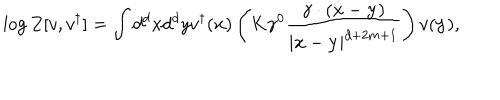
\log Z [ { v } , { v } ^ { \dagger } ] = \int d ^ { d } { x } d ^ { d } { y } { v } ^ { \dagger } ( { \mathbf { x } } ) \left( K \gamma ^ { 0 } \frac { \gamma \cdot ( { \mathbf { x } } - { \mathbf { y } } ) } { | { \mathbf { x } } - { \mathbf { y } } | ^ { d + 2 m + 1 } } \right) { v } ( { \mathbf { y } } ) ,